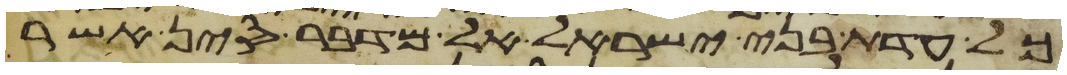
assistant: כל עדת בני ישראל אל מדבר סין אשר